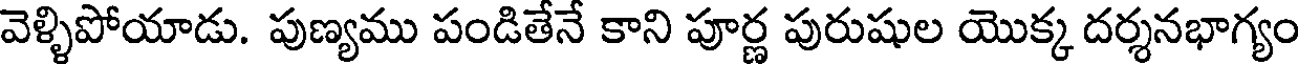
వెళ్ళిపోయాడు. పుణ్యము పండితేనే కాని పూర్ణ పురుషుల యొక్క దర్శనభాగ్యం